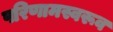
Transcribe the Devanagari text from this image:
परिणामस्वरूव